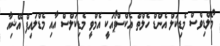
މޯލްޑިވްސް މެޑިކަލް އެންޑް ހެލްތް އެކްސްޕޯއަކީ އެމްވީ މެޑިކަލްސް އާއި މެޑްލައިފް އޭޝިއާ